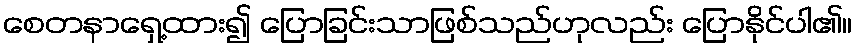
စေတနာရှေ့ထား၍ ပြောခြင်းသာဖြစ်သည်ဟုလည်း ပြောနိုင်ပါ၏။